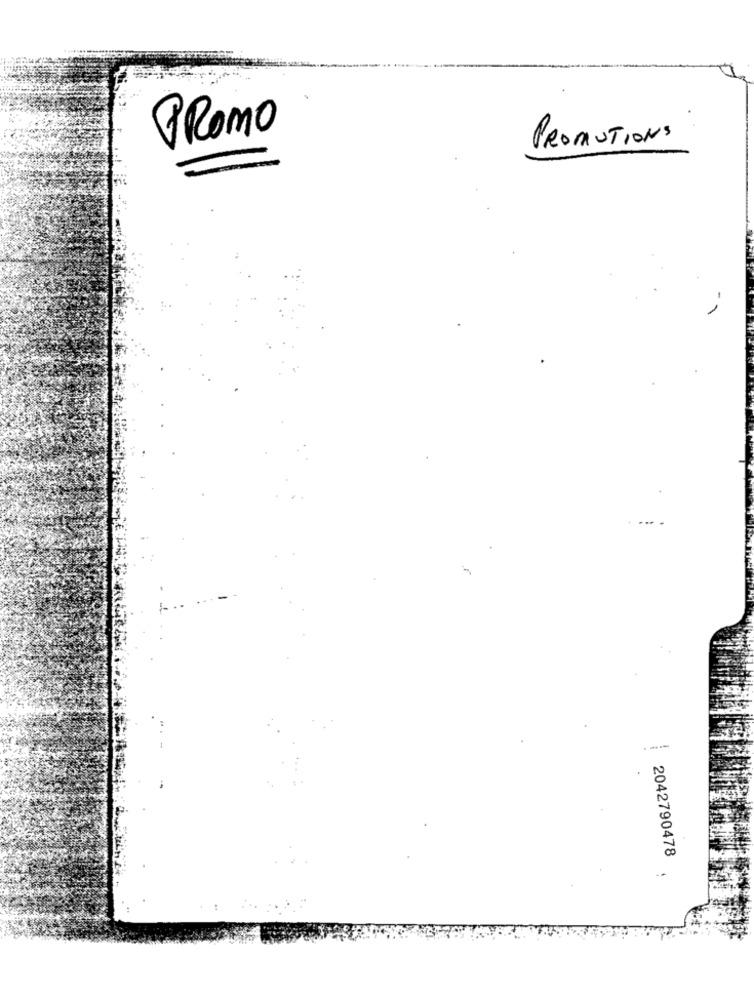
PROMO
PRODUTIONS
2042790478